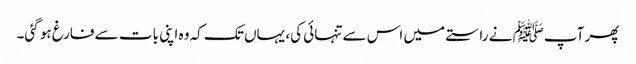
پھر آپﷺ نے راستے میں اس سے تنہائی کی، یہاں تک کہ وہ اپنی بات سے فارغ ہو گئی۔